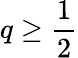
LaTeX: q\geq\frac{1}{2}